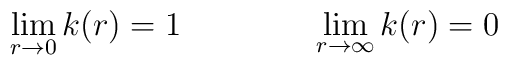
\lim_{r \rightarrow 0} k(r)=1 \qquad \qquad  \lim_{r \rightarrow \infty} k(r)=0